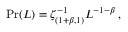
\operatorname* { P r } ( L ) = \zeta _ { ( 1 + \beta , 1 ) } ^ { - 1 } L ^ { - 1 - \beta } \, ,